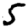
Digit: 5